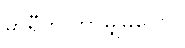
မာရီက ဘာမျှမပြော။